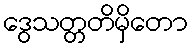
ဒွေသတ္တတိမှိတော